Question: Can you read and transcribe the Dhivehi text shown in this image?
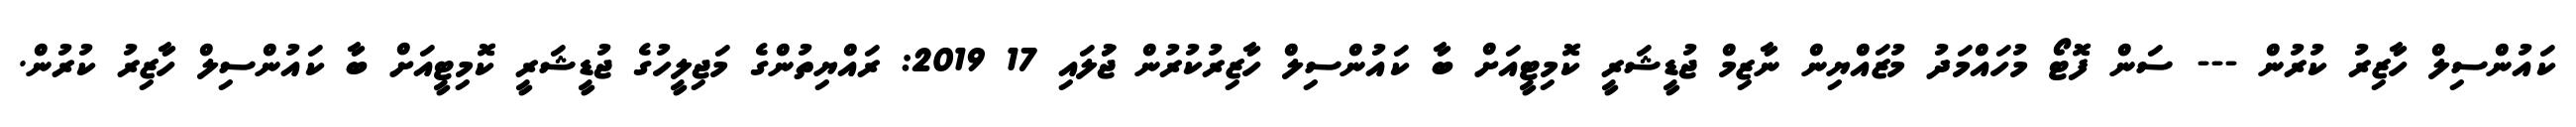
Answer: ކައުންސިލް ހާޒިރު ކުރުން --- ސަން ފޮޓޯ މުހައްމަދު މުޒައްޔިން ނާޒިމް ޖުޑީޝަރީ ކޮމިޓީއަށް ބާ ކައުންސިލް ހާޒިރުކުރުން ޖުަލައި 17 2019: ރައްޔިތުންގެ މަޖިލީހުގެ ޖުޑީޝަރީ ކޮމިޓީއަށް ބާ ކައުންސިލް ހާޒިރު ކުރުން.